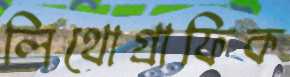
লিথোগ্রাফিক